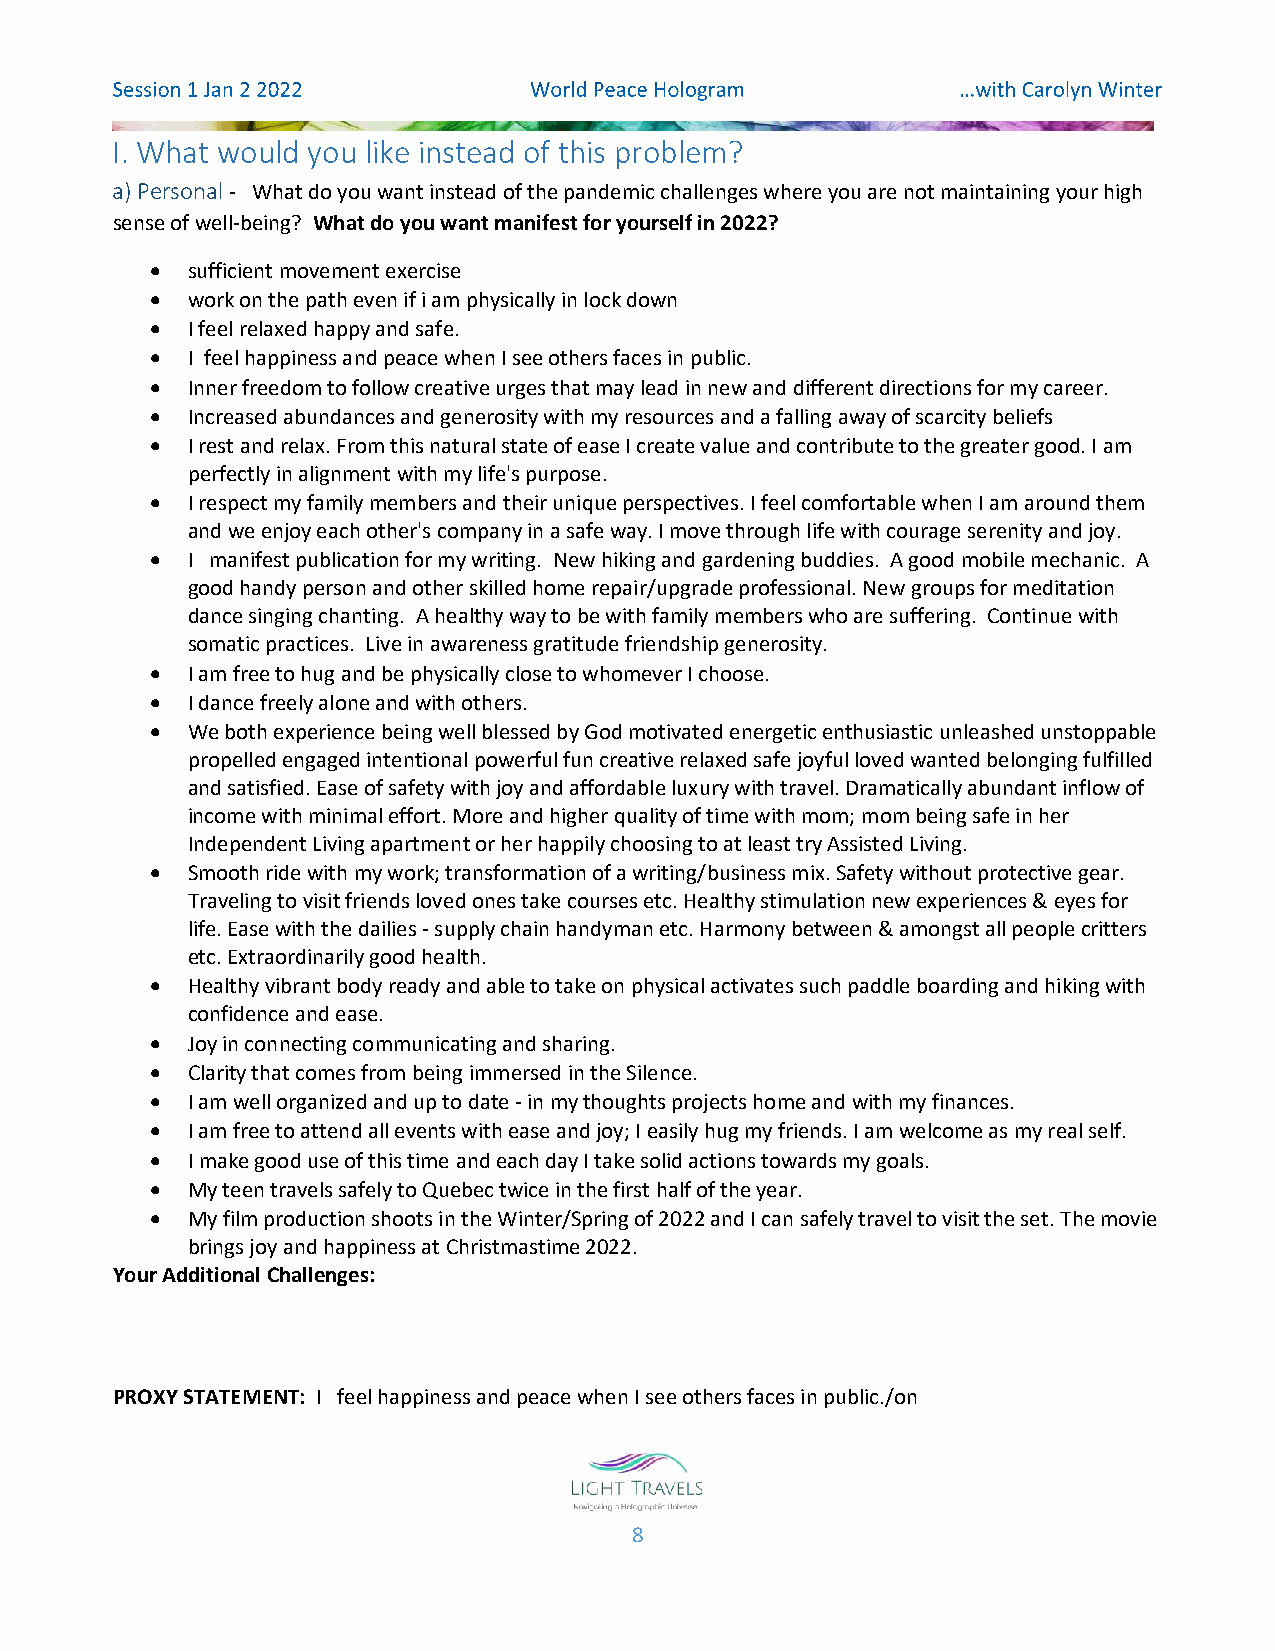
I. What would you like instead of this problem?
 a) Personal - What do you want instead of the pandemic challenges where you are not maintaining your high
 sense of well-being? What do you want manifest for yourself in 2022?
  sufficient movement exercise
  work on the path even if i am physically in lock down
  I feel relaxed happy and safe.
  I feel happiness and peace when I see others faces in public.
  Inner freedom to follow creative urges that may lead in new and different directions for my career.
  Increased abundances and generosity with my resources and a falling away of scarcity beliefs
  I rest and relax. From this natural state of ease I create value and contribute to the greater good. I am
 perfectly in alignment with my life's purpose.
  I respect my family members and their unique perspectives. I feel comfortable when I am around them
 and we enjoy each other's company in a safe way. I move through life with courage serenity and joy.
  I manifest publication for my writing. New hiking and gardening buddies. A good mobile mechanic. A
 good handy person and other skilled home repair/upgrade professional. New groups for meditation
 dance singing chanting. A healthy way to be with family members who are suffering. Continue with
 somatic practices. Live in awareness gratitude friendship generosity.
  I am free to hug and be physically close to whomever I choose.
  I dance freely alone and with others.
  We both experience being well blessed by God motivated energetic enthusiastic unleashed unstoppable
 propelled engaged intentional powerful fun creative relaxed safe joyful loved wanted belonging fulfilled
 and satisfied. Ease of safety with joy and affordable luxury with travel. Dramatically abundant inflow of
 income with minimal effort. More and higher quality of time with mom; mom being safe in her
 Independent Living apartment or her happily choosing to at least try Assisted Living.
  Smooth ride with my work; transformation of a writing/business mix. Safety without protective gear.
 Traveling to visit friends loved ones take courses etc. Healthy stimulation new experiences & eyes for
 life. Ease with the dailies - supply chain handyman etc. Harmony between & amongst all people critters
 etc. Extraordinarily good health.
  Healthy vibrant body ready and able to take on physical activates such paddle boarding and hiking with
 confidence and ease.
  Joy in connecting communicating and sharing.
  Clarity that comes from being immersed in the Silence.
  I am well organized and up to date - in my thoughts projects home and with my finances.
  I am free to attend all events with ease and joy; I easily hug my friends. I am welcome as my real self.
  I make good use of this time and each day I take solid actions towards my goals.
  My teen travels safely to Quebec twice in the first half of the year.
  My film production shoots in the Winter/Spring of 2022 and I can safely travel to visit the set. The movie
 brings joy and happiness at Christmastime 2022.
 Your Additional Challenges:
 PROXY STATEMENT: I feel happiness and peace when I see others faces in public./on
 8